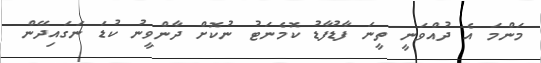
މަންމަ އެ ދުއްވަނީ ތީނަ ފާޑުފާޑު ކޮމެނަޓު ނުކޮށް ދާންވީނު ކުޑަ ނަގައިދޭން